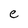
Character: e